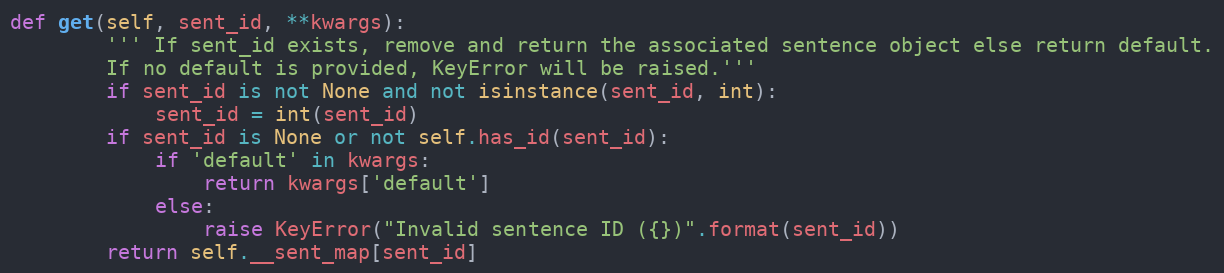
Language: Python
def get(self, sent_id, **kwargs):
        ''' If sent_id exists, remove and return the associated sentence object else return default.
        If no default is provided, KeyError will be raised.'''
        if sent_id is not None and not isinstance(sent_id, int):
            sent_id = int(sent_id)
        if sent_id is None or not self.has_id(sent_id):
            if 'default' in kwargs:
                return kwargs['default']
            else:
                raise KeyError("Invalid sentence ID ({})".format(sent_id))
        return self.__sent_map[sent_id]